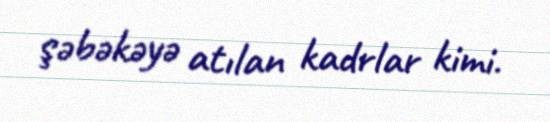
şəbəkəyə atılan kadrlar kimi.